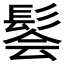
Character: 𫘽